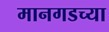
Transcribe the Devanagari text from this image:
मानगडच्या